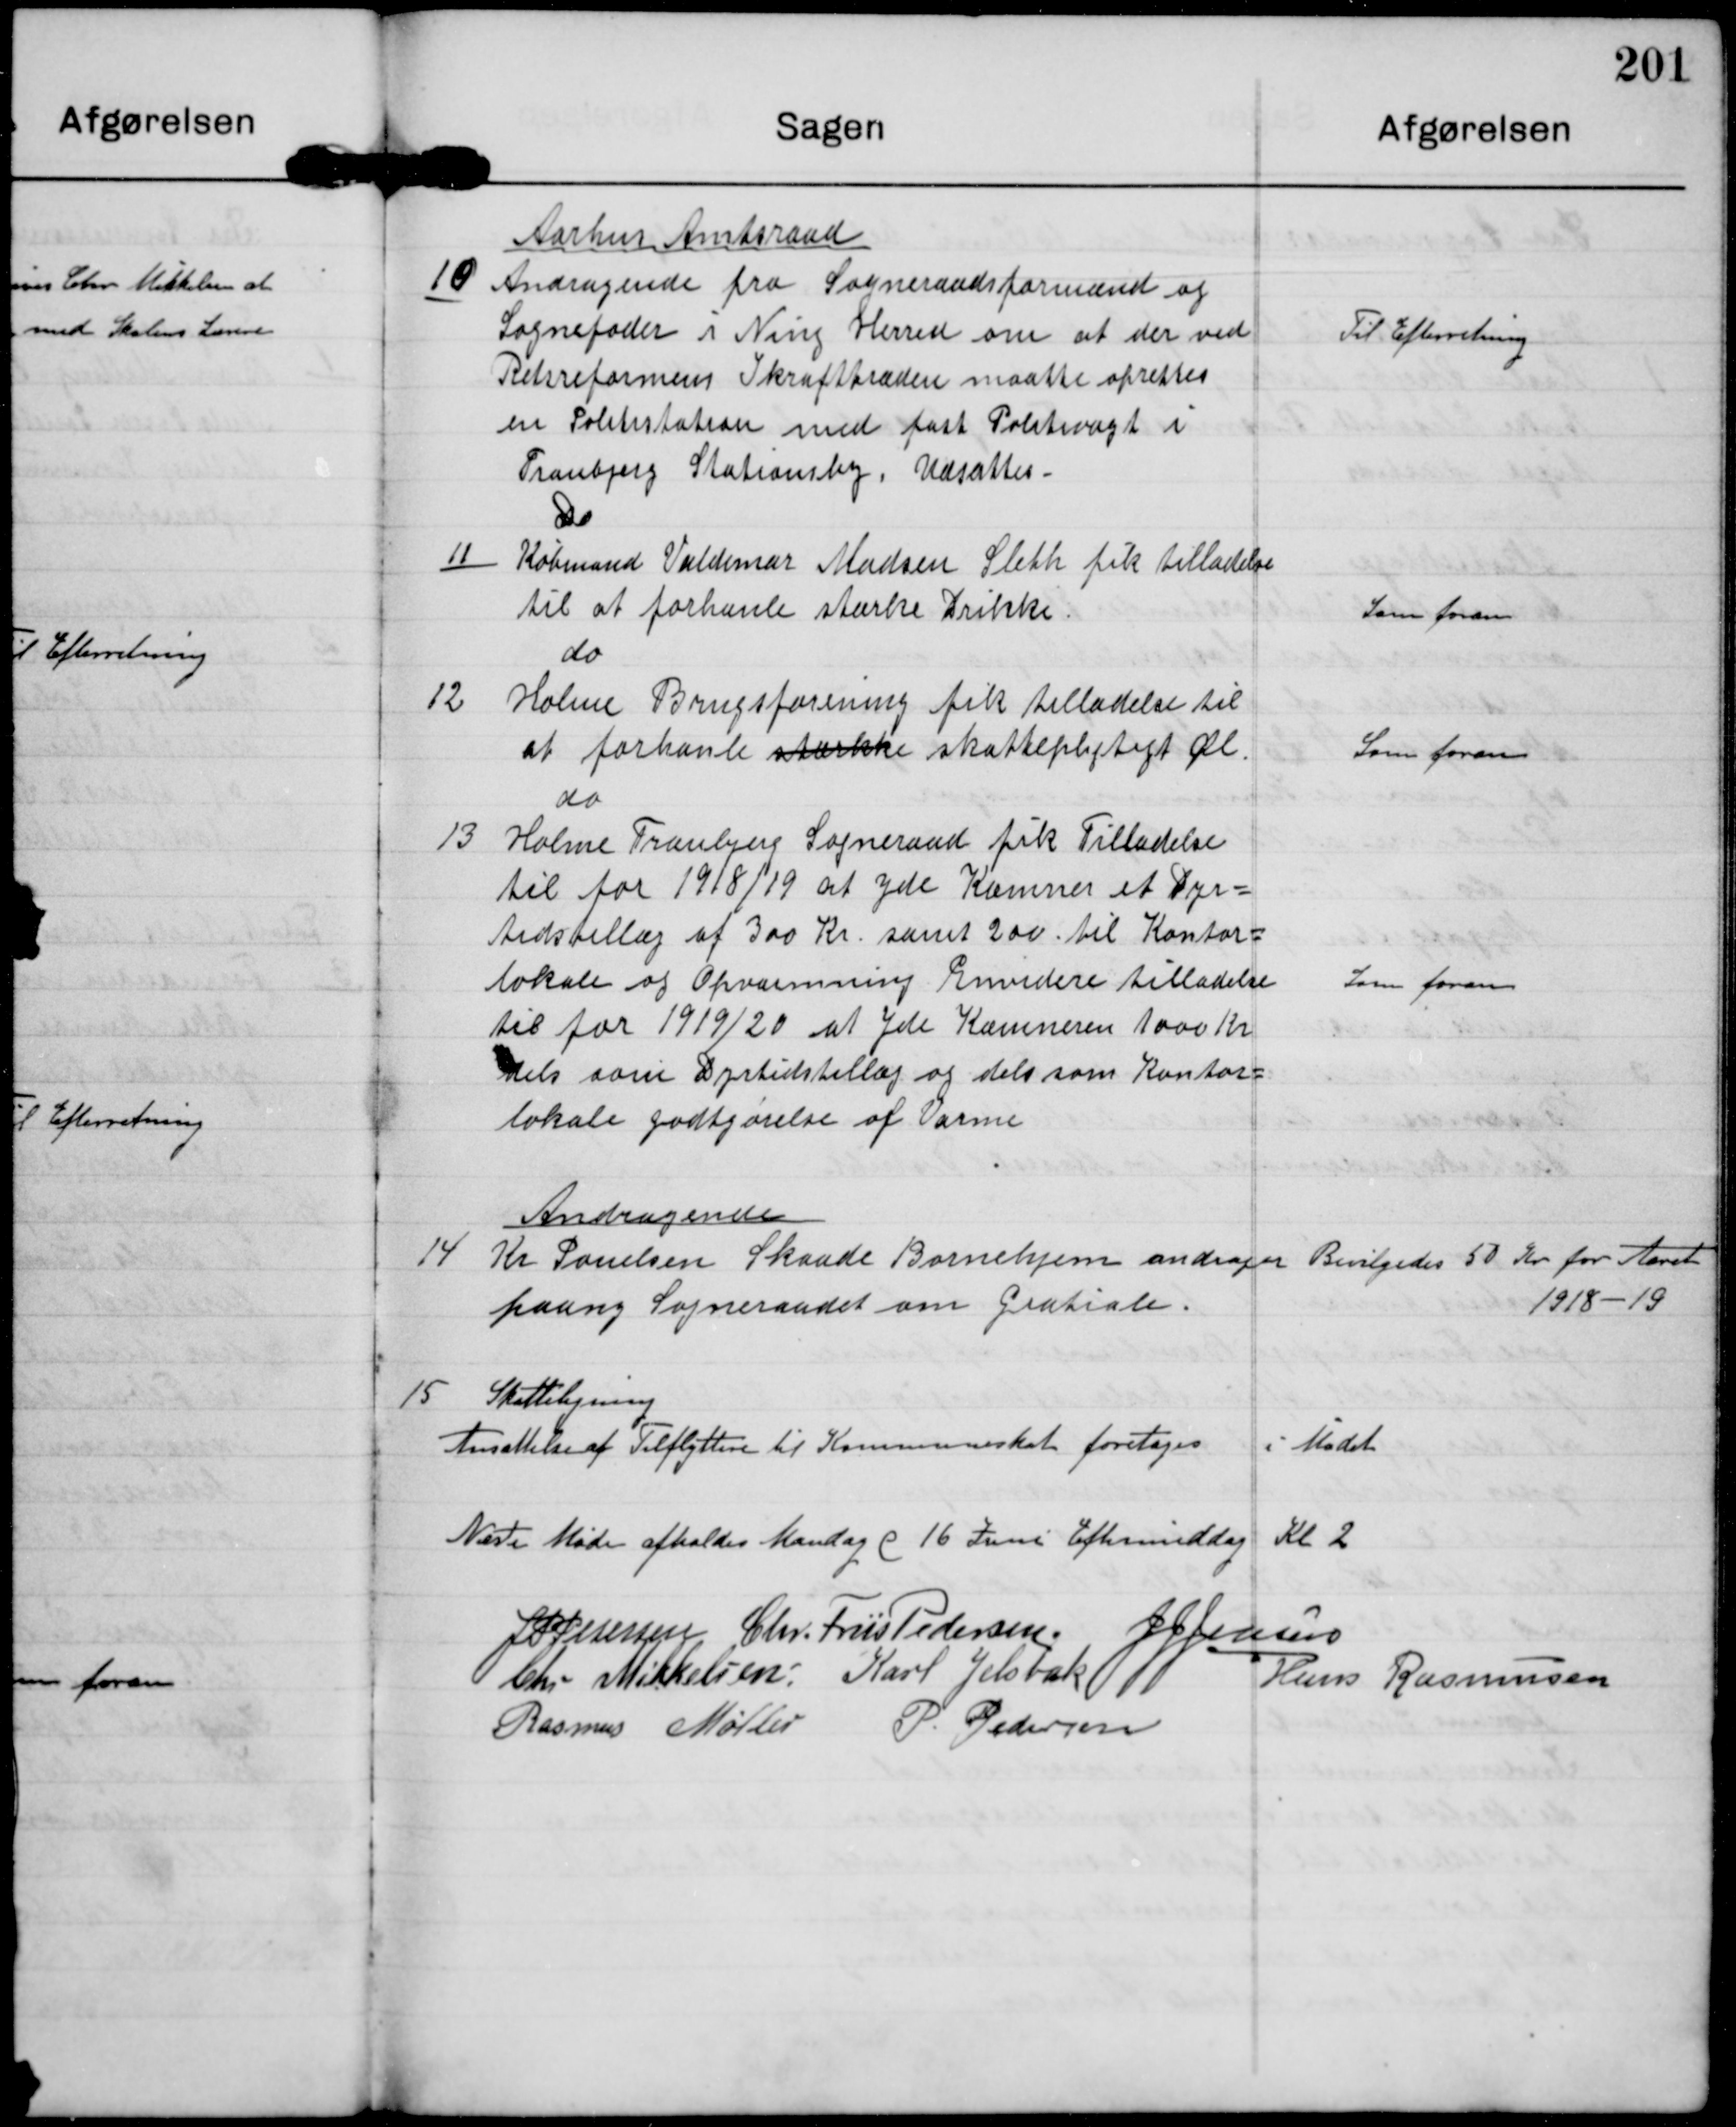
Transskription:
10

Aarhus Amtsraad
Andragende fra Sogneraadsformand og
Sognefoder i Ning Herred om at der ved
Retsreformens Ikrafttræden maatte oprettes
en Politistation med fast Politivagt i
Tranbjerg Stationsby. Udsattes

Til Efterretning

11

Do
Købmand Valdemar Madsen Sleth fik tilladelse
til at forhandle stærke Drikke

Som foran

12

do
Holme Brugsforening fik tilladelse til
at forhandle stærkke skattepligtigt Øl

Som foran

13

do
Holme Tranbjerg Sogneraad fik Tilladelse
til for 1918/19 at yde Kæmner et Dyr-
tidstillæg af 300 kr. samt 200 til Kontor-
lokale og Opvarmning. Endvidere tilladelse
til for 1919/20 at yde Kæmneren 1000 Kr
dels som Dyrtidstillæg og dels som Kontor-
lokale godtgørelse af Varme

Som foran

14

Andragende
Kr Pouelsen Skaade Børnehjem andrager
paany Sogneraadet om Gratiale.

Bevilgedes 50 kr for Aaret
1918-19

15

Skatteligning
Ansættelse af Tilflytter til Kommuneskat foretoges i Mødet

Næste Møde afholdes Mandag d 16 Juni Eftermiddag Kl 2

J P Petersen

Chr. Friis Pedersen

J J Jensen

Chr Mikkelsen

Karl Jelsbak

Hans Rasmussen

Rasmus Møller

P. Pedersen